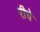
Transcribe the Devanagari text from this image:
रीचे